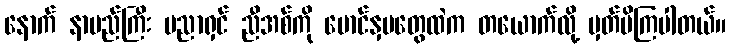
နောက် နာမည်ကြီး ပညာရှင် ညီအစ်ကို မောင်နှမတွေထဲက တယောက်လို့ မှတ်မိကြပါတယ်။